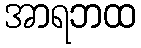
အာရဘထ